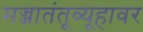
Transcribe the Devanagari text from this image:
मज्जातंतूव्यूहावर